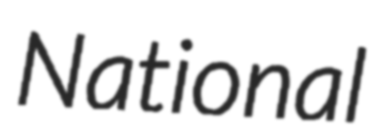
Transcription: National